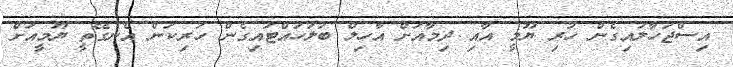
އިސްޖަހާލައިގެން ހުރި ޔޫމީ އާއި ދިމާއަށް އާހިލް ބަލަހައްޓައިގެން ހުރިކަން އެނގޭތީ ޔޫމީއަށް